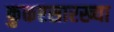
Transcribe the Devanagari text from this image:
कुकरसारख्या